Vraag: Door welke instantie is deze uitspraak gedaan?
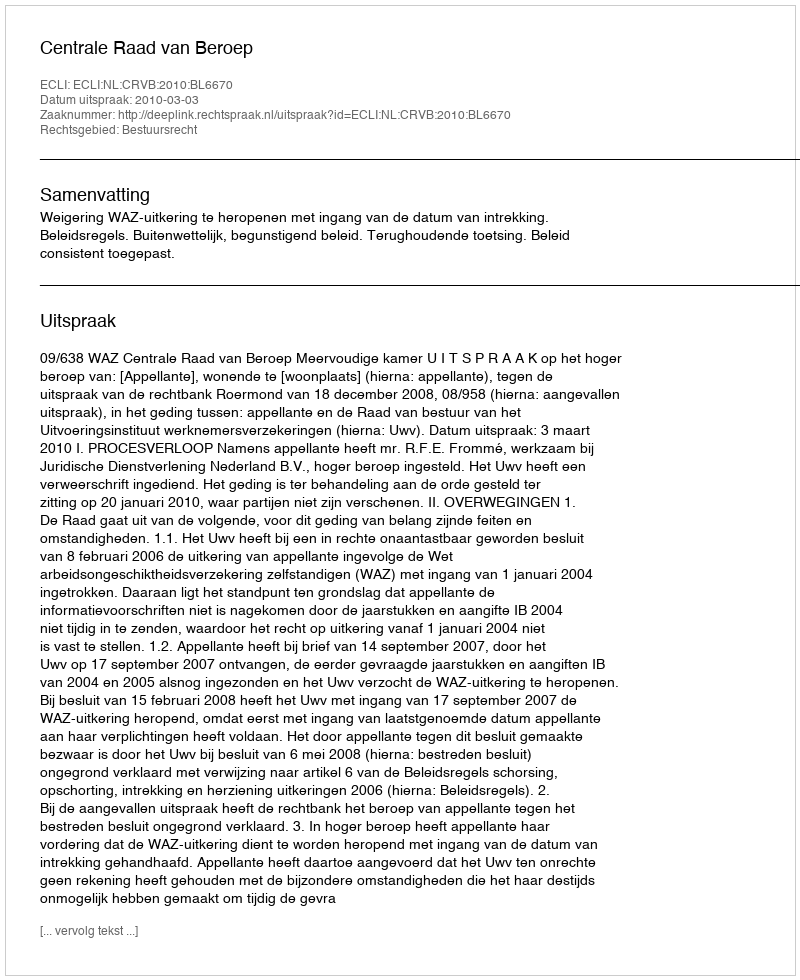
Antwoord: Centrale Raad van Beroep